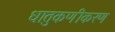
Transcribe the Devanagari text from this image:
धातुकणीकरण